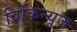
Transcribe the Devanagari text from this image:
विकिन्यूज़